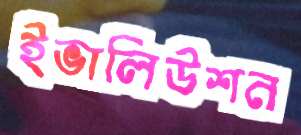
ইভালিউশন